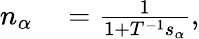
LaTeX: \begin{array}{rl}{n_{\alpha}}&{{}=\frac{1}{1+T^{-1}s_{\alpha}},}\end{array}